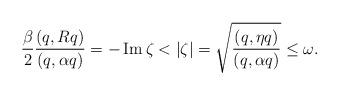
LaTeX: \begin{align*}\frac{\beta}{2}\frac{\left( q,Rq\right) }{\left( q,\alpha q\right)}=-\operatorname{Im}\zeta<\left\vert \zeta\right\vert =\sqrt{\frac{\left(q,\eta q\right) }{\left( q,\alpha q\right) }}\leq\omega_{}.\end{align*}